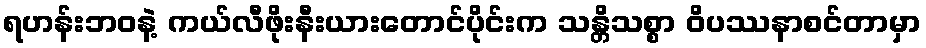
ရဟန်းဘဝနဲ့ ကယ်လီဖိုးနီးယားတောင်ပိုင်းက သန္တိသစ္စာ ဝိပဿနာစင်တာမှာ